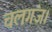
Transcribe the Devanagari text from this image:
चलगंज।